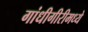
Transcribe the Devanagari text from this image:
गांधीगीरीमध्ये